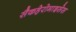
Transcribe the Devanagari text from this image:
सैकहेरोमाइसेस